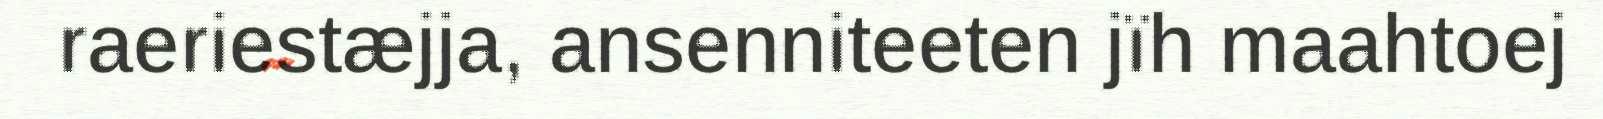
raeriestæjja, ansenniteeten jïh maahtoej